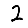
Digit: 2